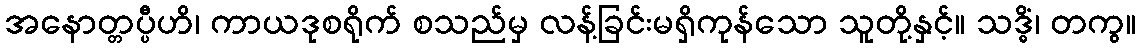
အနောတ္တပ္ပီဟိ၊ ကာယဒုစရိုက် စသည်မှ လန့်ခြင်းမရှိကုန်သော သူတို့နှင့်။ သဒ္ဓိံ၊ တကွ။